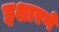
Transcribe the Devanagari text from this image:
इशारणे